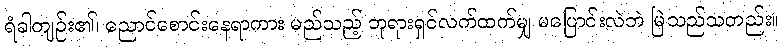
ရံခါကျဉ်း၏၊ ညောင်စောင်းနေရာကား မည်သည့် ဘုရားရှင်လက်ထက်မျှ မပြောင်းလဲဘဲ မြဲသည်သတည်း။